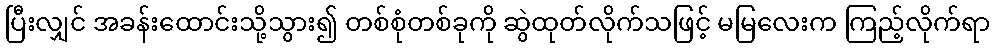
ပြီးလျှင် အခန်းထောင်းသို့သွား၍ တစ်စုံတစ်ခုကို ဆွဲထုတ်လိုက်သဖြင့် မမြလေးက ကြည့်လိုက်ရာ